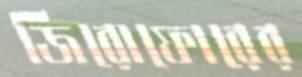
জিরোফোরের